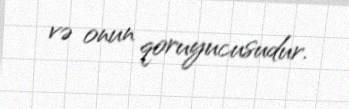
və onun qoruyucusudur.